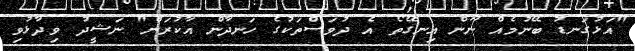
"އަޅުގަނޑު ބޭނުމެއް ނޫން އިނގޭތޯ އެ ދުވަސްތަކުގެ ހަނދާން އާކުރަން" ނަޝީދު ވިދާޅުވި